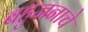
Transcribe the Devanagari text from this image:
बहुजनाचे